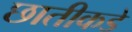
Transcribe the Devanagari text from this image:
छातीकडे